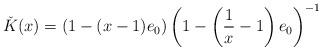
LaTeX: \begin{align*} \check K(x) = (1-(x-1)e_0)\left(1-\left(\frac{1}{x}-1\right)e_0\right)^{-1} \end{align*}